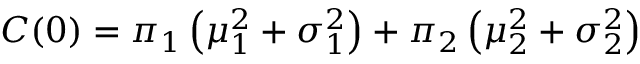
C ( 0 ) = \pi _ { 1 } \left( \mu _ { 1 } ^ { 2 } + \sigma _ { 1 } ^ { 2 } \right) + \pi _ { 2 } \left( \mu _ { 2 } ^ { 2 } + \sigma _ { 2 } ^ { 2 } \right)